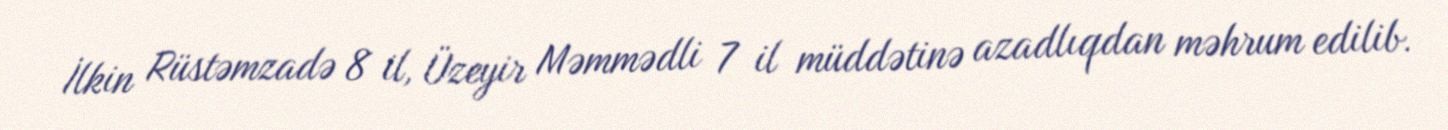
İlkin Rüstəmzadə 8 il, Üzeyir Məmmədli 7 il müddətinə azadlıqdan məhrum edilib.